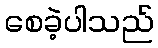
စေခဲ့ပါသည်